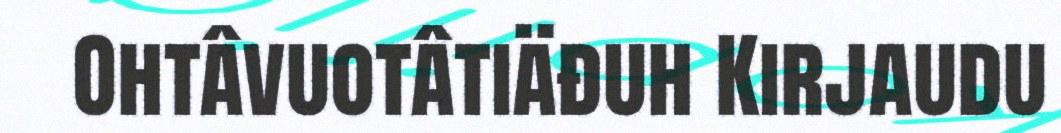
Ohtâvuotâtiäđuh Kirjaudu